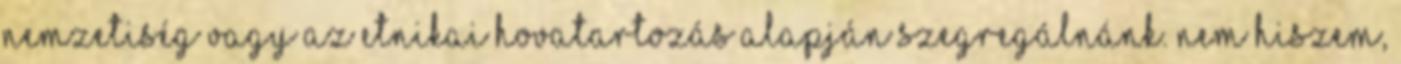
nemzetiség vagy az etnikai hovatartozás alapján szegregálnánk. Nem hiszem,